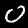
Label: 0